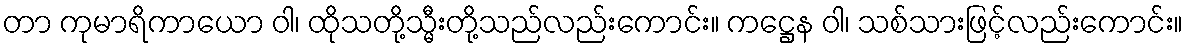
တာ ကုမာရိကာယော ဝါ၊ ထိုသတို့သ္မီးတို့သည်လည်းကောင်း။ ကဋ္ဌေန ဝါ၊ သစ်သားဖြင့်လည်းကောင်း။